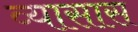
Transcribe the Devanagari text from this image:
व्यासास